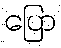
ပြော